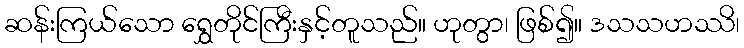
ဆန်းကြယ်သော ရွှေတိုင်ကြီးနှင့်တူသည်။ ဟုတွာ၊ ဖြစ်၍။ ဒသသဟဿိ၊